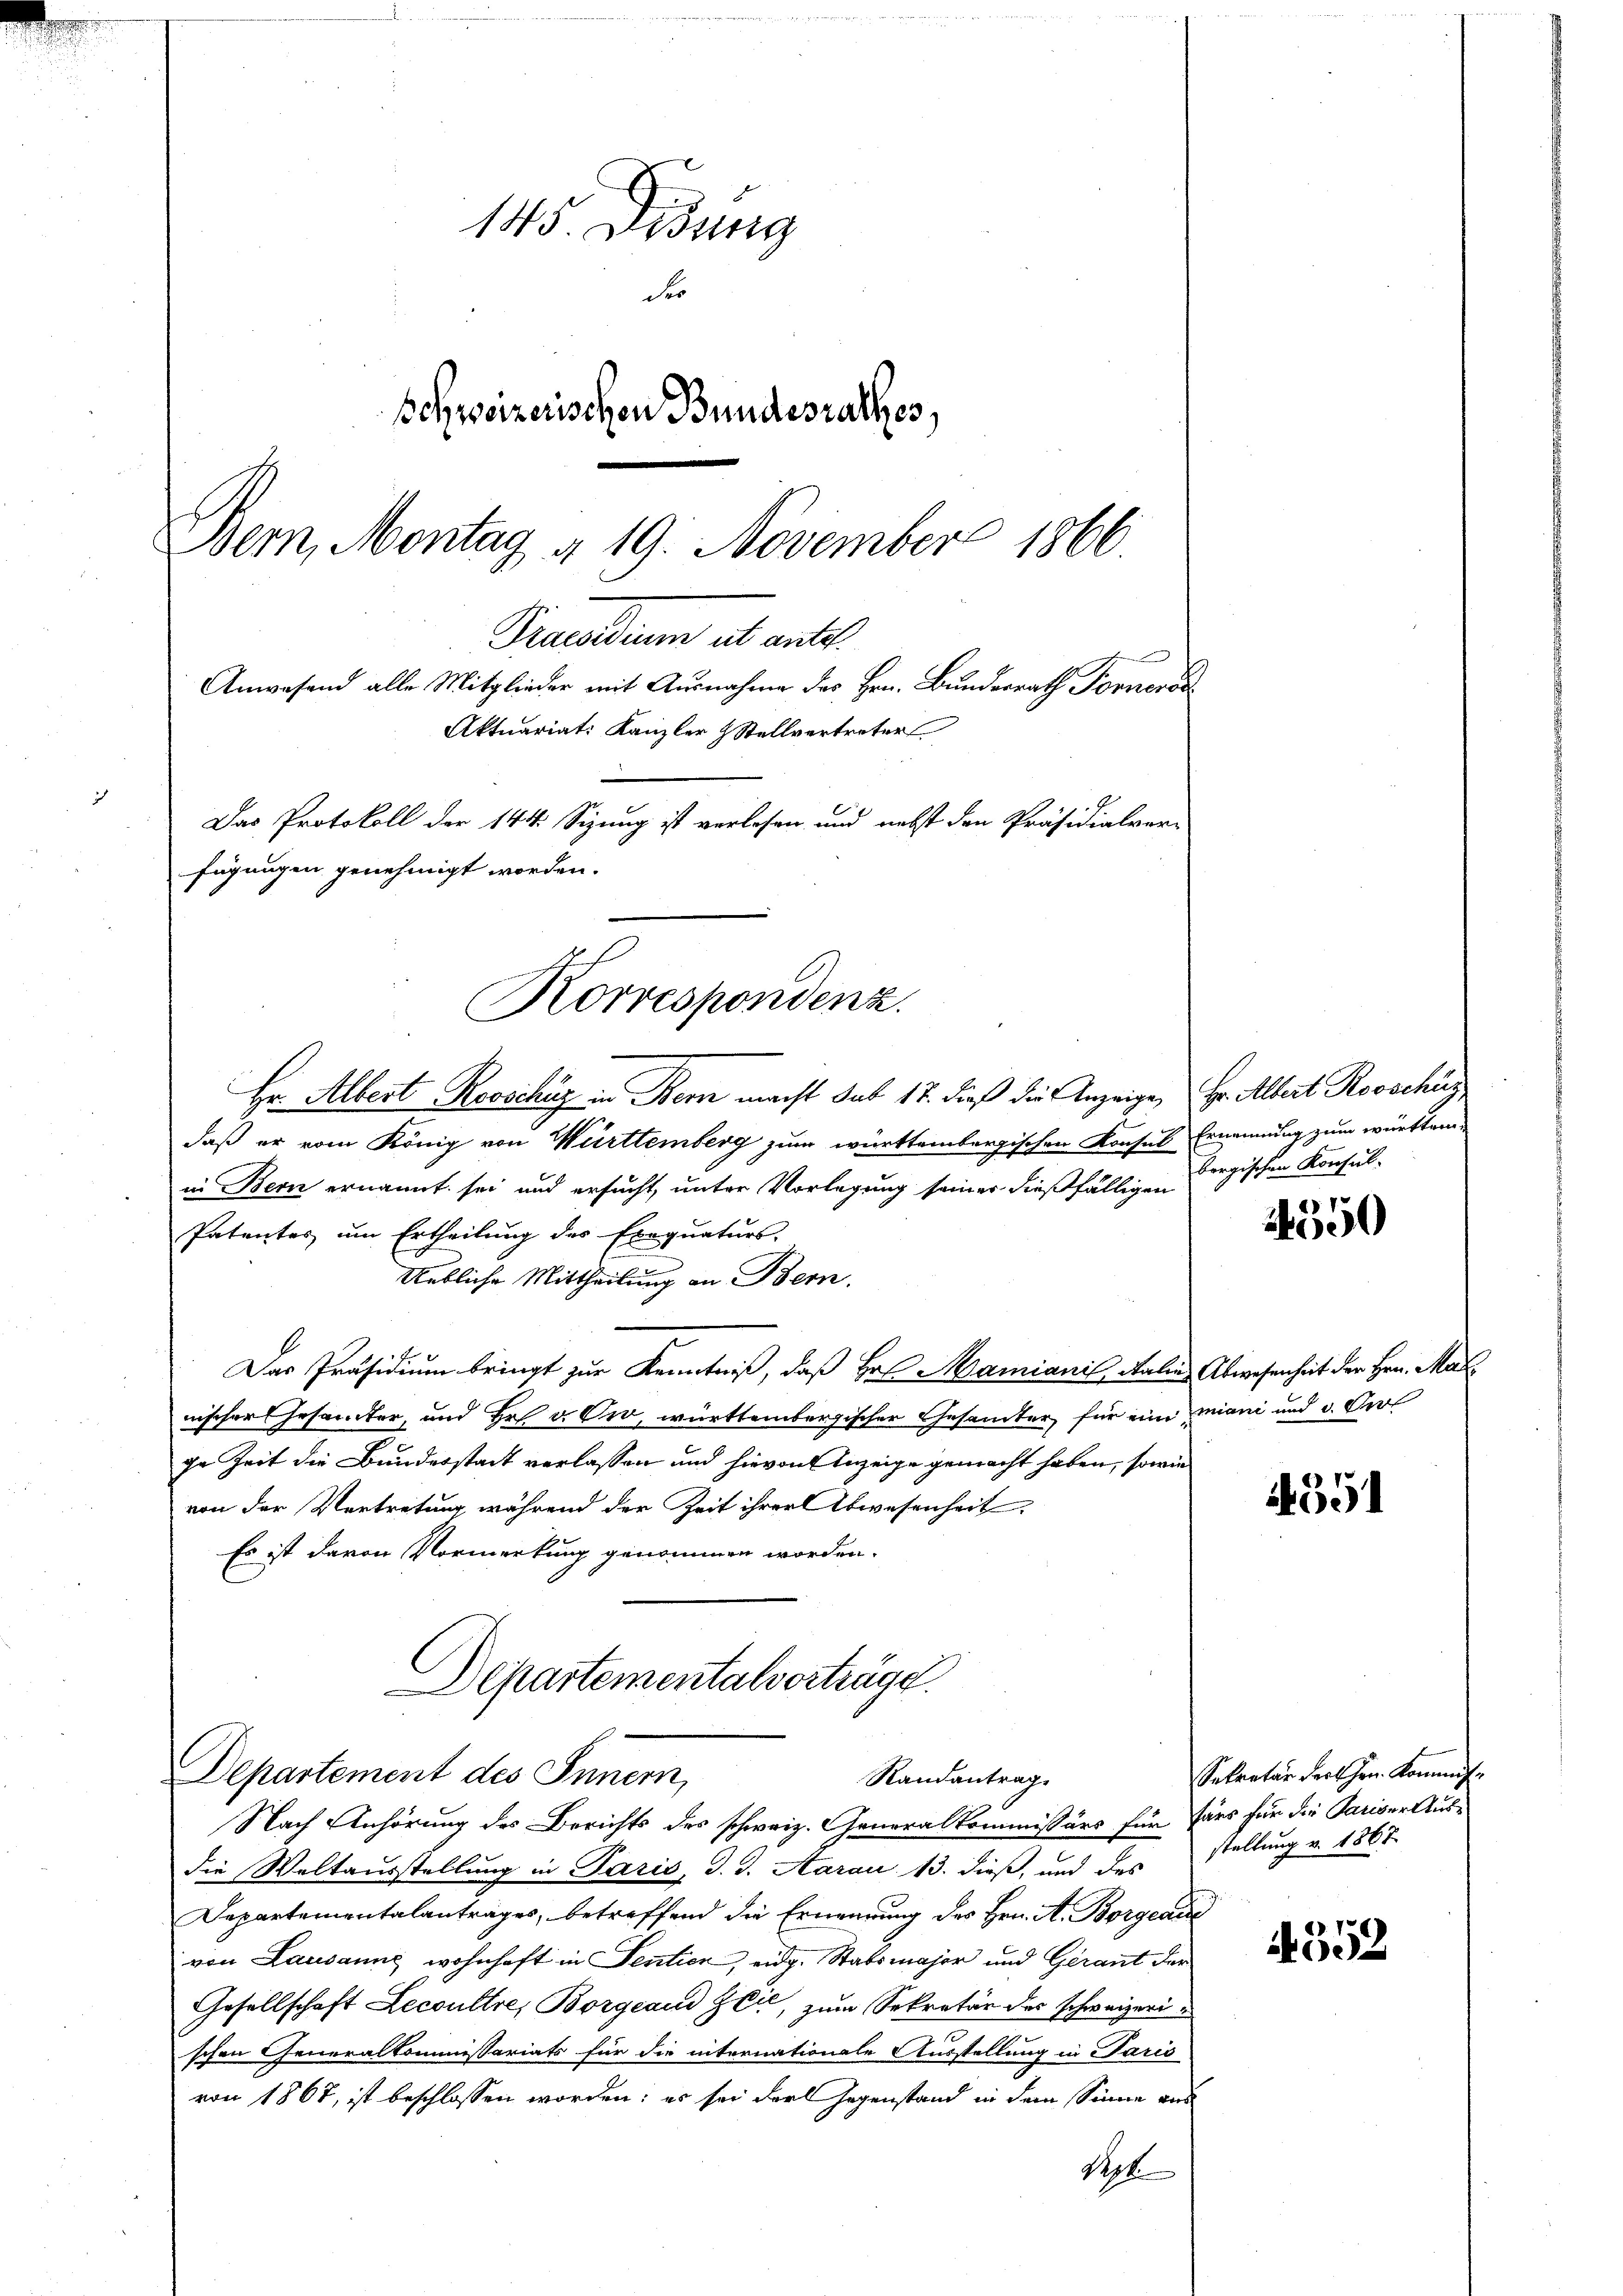
145. Disung
der
Schweizerischen Bundesrathes,
Bern, Montag § 19. November 1866.

fügungen genehmigt worden.
Korrespondenz.

Praedium ab antt
Anwesend alle Mitglieder mit Ausnahme des Hrn. Bundesrath Fornord
Aktuariat: Kanzler & Stellvertreter
Das Protokoll der 144. Sizung ist verlesen und nebst den Präsidialver-

Hr. Albert Rovschür in Bern macht sub 17. dieß die Anzeige, Hr. Albert Rooschus
daß er vom König von Württemberg zum württembergischen Konsul Ernennung zum württem-
in Bern ernannt sei und ersucht, unter Vorlegung seiner dießfälligen Bergischen Konsul-
Patentes um Ertheilung des Exequaturs-
Uebliche Mittheilung an Bern.
Das Präsidium bringt zur Kenntniß, daß Hr. Mariani, Salin Abwesenheit der Hrn. Mar
nischer Gesamter, und Hr. v. Owo, württembergischer Gesamter, für eine miani und u. Verl
ge Zeit die Bundesstadt verlassen und hievon Anzeige gemacht haben, sowie
von der Vertretung während der Zeit ihrer Abwesenheit.
Es ist davon Vormerkung genommen worden.
Departementalverträge.
Departement des Innern,
Randantrag
Nach Anhörung des Berichts des schweiz. Generalkommissärs für fürs für die Pariser Ausdie Weltausstellung in Paris, d. J. Aarau 13. dieß, und des
Departementalantrages, betreffend die Erneurung des Hrn. A. Borgearte
von Lausanne wohnhaft in Sentier, eidg. Stabsmajor und Gerant der
Gesellschaft Lecoultre, Borgeaud Zcie, zum Sekretär des schweizeri
schen Generalkommissariats für die internationale Ausstellung in Paris
von 1867, ist beschlossen worden; es sei darl Gegenstand in dem Sinne aus
Sept.

e) 1
25,00

1551

Sekretär dort Hrn. Kommis
stellung v. 1867

4552